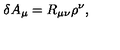
\delta A _ { \mu } = R _ { \mu \nu } \rho ^ { \nu } ,